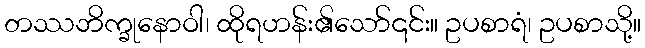
တဿဘိက္ခုနောဝါ၊ ထိုရဟန်း၏သော်၎င်း။ ဥပစာရံ၊ ဥပစာသို့။